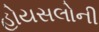
હોયસલોની